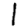
Digit: 1